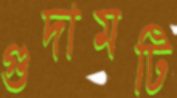
গুদামটি